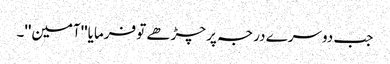
جب دوسرے درجہ پر چڑھے تو فرمایا''آمین''۔